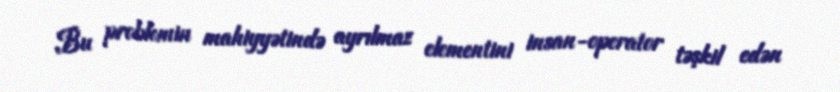
Bu problemin mahiyyətində ayrılmaz elementini insan-operator təşkil edən